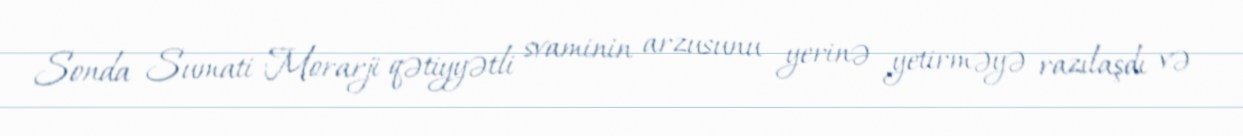
Sonda Sumati Morarji qətiyyətli svaminin arzusunu yerinə yetirməyə razılaşdı və